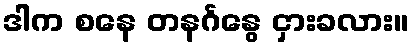
ဒါက စနေ တနင်္ဂနွေ ငှားခလား။